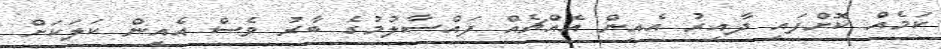
ކަމެއް ކޮށްފައި ދާއިރު އެއިން އެއްޗެއް ފައްސާލުމުގެ ބާރު ވެސް އެއިން ކަލަކަށް